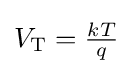
V_{\mathrm {T} }={\tfrac {kT}{q}}